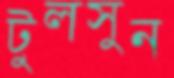
টুলসুন